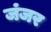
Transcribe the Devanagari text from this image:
जंजर